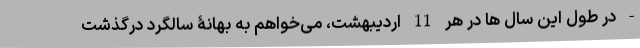
- در طول این سال ها در هر 11 اردیبهشت، می‌خواهم به بهانۀ سالگرد درگذشت